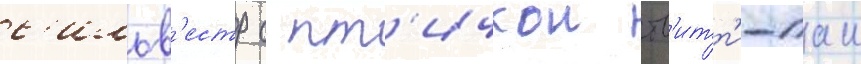
с'ильв'естр с пт'ичкои тв'итт'и-паи